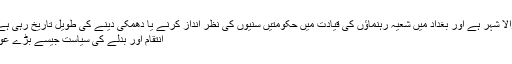
Image caption موصل سنی اکثریت والا شہر ہے اور بغداد میں شعیہ رہنماؤں کی قیادت میں حکومتیں سنیوں کی نظر انداز کرنے یا دھمکی دینے کی طویل تاریخ رہی ہے
انتقام اور بدلے کی سیاست جیسے بڑے عوامل بھی کارفرما ہیں۔